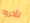
تأخروا